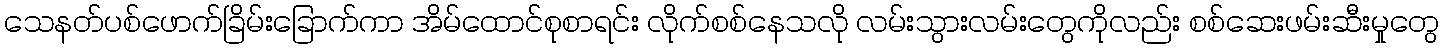
သေနတ်ပစ်ဖောက်ခြိမ်းခြောက်ကာ အိမ်ထောင်စုစာရင်း လိုက်စစ်နေသလို လမ်းသွားလမ်းတွေကိုလည်း စစ်ဆေးဖမ်းဆီးမှုတွေ